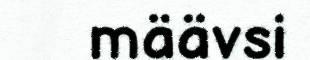
määvsi